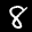
Label: 8